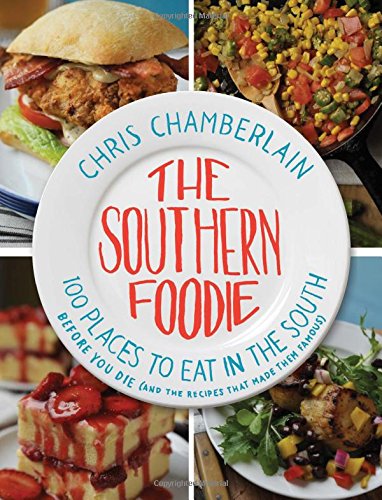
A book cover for The Southern Foodie: 100 Places to Eat in the South Before You Die (and the Recipes That Made Them Famous); Chris Chamberlain; Travel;